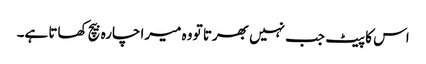
اس کا پیٹ جب نہیں بھرتا تو وہ میرا چارہ بیچ کھاتا ہے۔